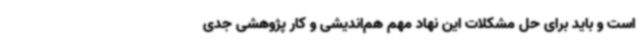
است و باید برای حل مشکلات این نهاد مهم هم‌اندیشی و کار پژوهشی جدی